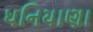
ધનિયાણા